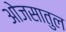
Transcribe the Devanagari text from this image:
ओजसातुल